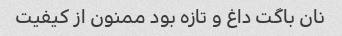
نان باگت داغ و تازه بود ممنون از کیفیت